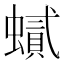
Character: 𲀈